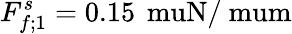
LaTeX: F_{f;1}^{s}=0.15\, \mathrm{\ muN/\ mum}